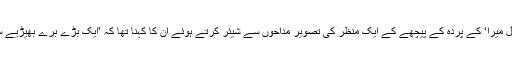
ڈرامہ سیریل ’یہ دل میرا‘ کے پردہ کے پیچھے کے ایک منظر کی تصویر مداحوں سے شیئر کرتے ہوئے ان کا کہنا تھا کہ ’ایک بڑے برے بھیڑیے سے کون ڈرتا ہے؟